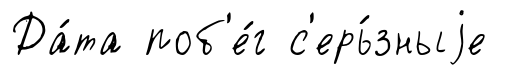
Да́та поб'е́г с'ерь́зныjе